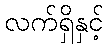
လက်ရှိနှင့်